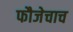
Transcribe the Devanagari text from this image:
फौजेचाच